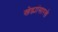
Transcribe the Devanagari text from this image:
खेड्यांसारखे